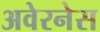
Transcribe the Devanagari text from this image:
अवेरनेस